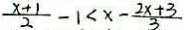
\frac { x + 1 } { 2 } - 1 < x - \frac { 2 x + 3 } { 3 }